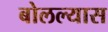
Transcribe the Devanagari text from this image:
बोलल्यास